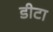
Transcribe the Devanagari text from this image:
डीटा